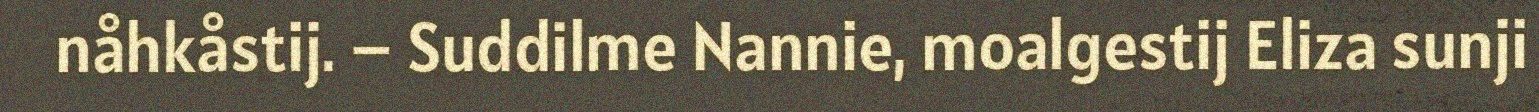
nåhkåstij. – Suddilme Nannie, moalgestij Eliza sunji